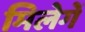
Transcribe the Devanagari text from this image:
मिलेगें